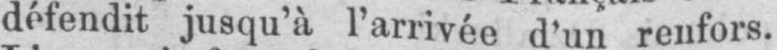
défendit jusqu’à l’arrivée d’un renfors.